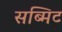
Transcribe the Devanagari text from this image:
सब्मिट